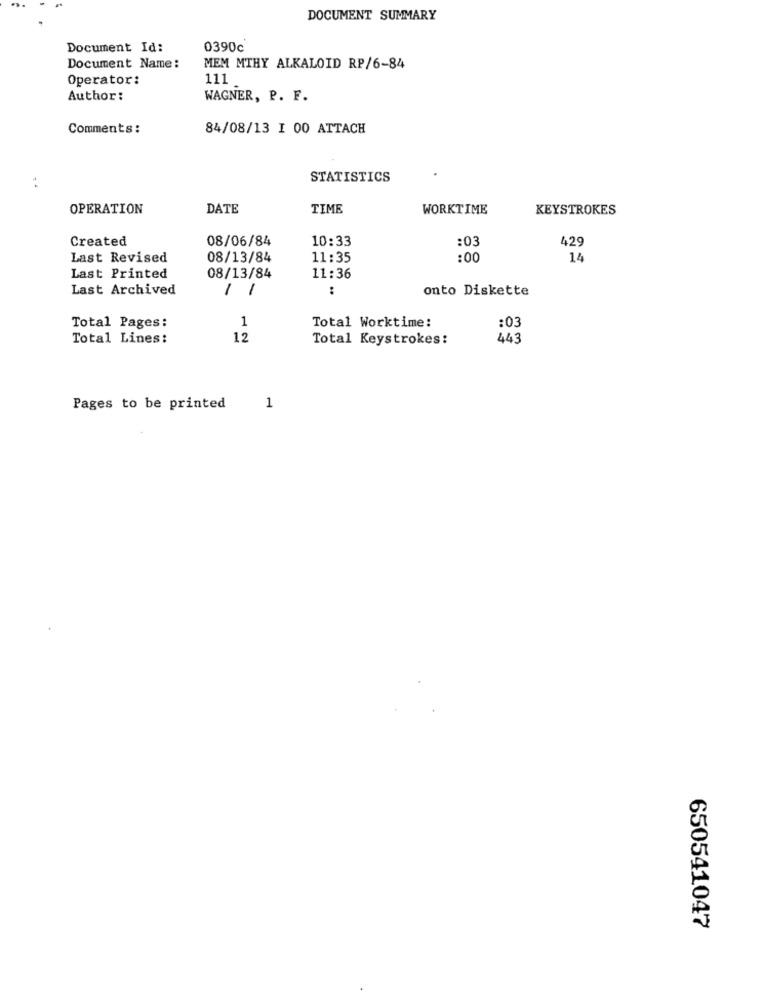
DOCUMENT SUMMARY
Document Id:
0390c
Document Name:
MEM MTHY ALKALOID RP/6-84
Operator:
111
Author:
WAGNER, P. F.
Comments:
84/08/13 I 00 ATTACH
STATISTICS
. .
OPERATION
DATE
TIME
WORKTIME
KEYSTROKES
Created
08/06/84
10:33
:03
429
Last Revised
08/13/84
11:35
:00
14
Last Printed
08/13/84
11:36
Last Archived
1 1
:
onto Diskette
1
Total Worktime:
Total Pages:
:03
Total Lines:
12
Total Keystrokes:
443
Pages to be printed
1
650541047